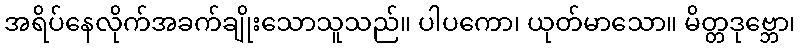
အရိပ်နေလိုက်အခက်ချိုးသောသူသည်။ ပါပကော၊ ယုတ်မာသော။ မိတ္တဒုဗ္ဘော၊